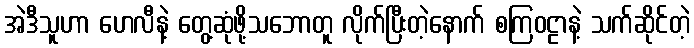
အဲဒီသူဟာ ဟေလီနဲ့ တွေ့ဆုံဖို့သဘောတူ လိုက်ပြီးတဲ့နောက် စကြဝဠာနဲ့ သက်ဆိုင်တဲ့